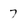
Character: 7